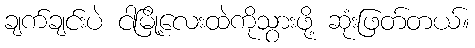
ချက်ချင်းပဲ ငါမြို့လေးထဲကိုသွားဖို့ ဆုံးဖြတ်တယ်။